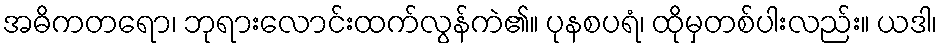
အဓိကတရော၊ ဘုရားလောင်းထက်လွန်ကဲ၏။ ပုနစပရံ၊ ထိုမှတစ်ပါးလည်း။ ယဒါ၊